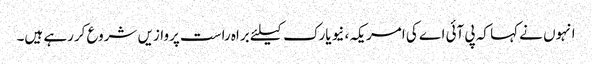
انہوں نے کہا کہ پی آئی اے کی امریکہ، نیویارک کیلئے براہ راست پروازیں شروع کررہے ہیں۔